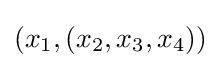
(x_{1},(x_{2},x_{3},x_{4}))